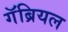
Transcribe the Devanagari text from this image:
गॅब्रियल